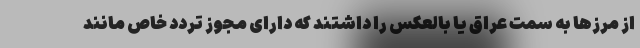
از مرزها به سمت عراق یا بالعکس را داشتند که دارای مجوز تردد خاص مانند